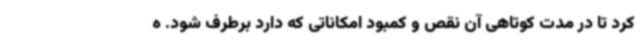
کرد تا در مدت کوتاهی آن نقص و کمبود امکاناتی که دارد برطرف شود. ه